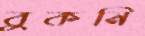
বুকনি